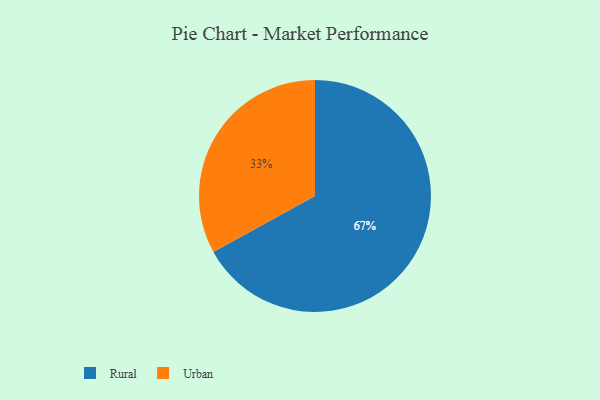
{"axis": {"x": "Category", "y": "Percentage"}, "legend": ["Rural", "Urban"], "data": [{"x": "Urban", "y": 33, "type": "Urban"}, {"x": "Rural", "y": 67, "type": "Rural"}]}